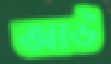
আউ